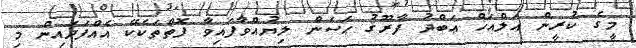
މީގެ ކުރީން އަލްއަޚް ޢަބްދު ފާރޫޤު ޙަސަން ލިޔުއްވާފައިވާ ފޮތްތަކެކޭ އެއްފަދައިން މި